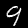
Label: 9